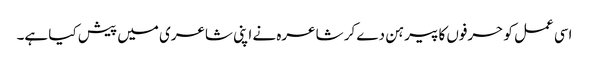
اسی عمل کو حرفوں کا پیرہن دے کر شاعرہ نے اپنی شاعری میں پیش کیا ہے۔